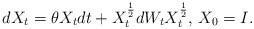
\begin{align*}dX_t=\theta X_tdt + X_t^{\frac{1}{2}}dW_tX_t^{\frac{1}{2}},\, X_0=I.\end{align*}